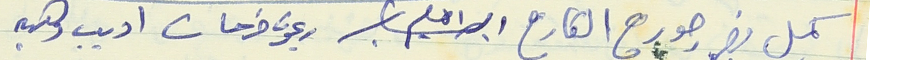
كميل نصر جورج القارح ابراهيم ريمون فرحات اديب وهبه